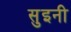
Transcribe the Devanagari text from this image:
सुइनी